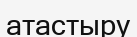
атастыру